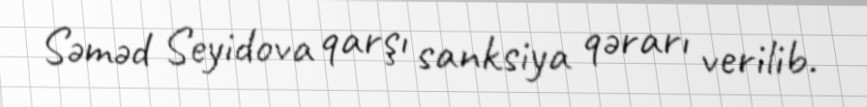
Səməd Seyidova qarşı sanksiya qərarı verilib.